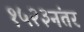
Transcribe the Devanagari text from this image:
१५२३नंतर